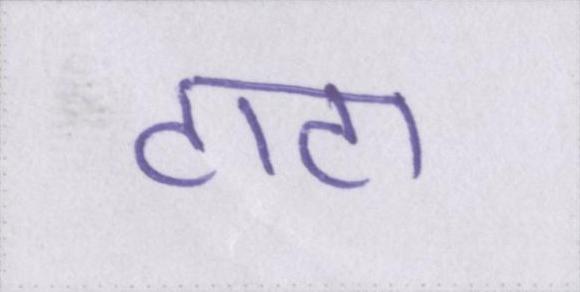
टाटा